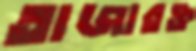
তাজারক্ত